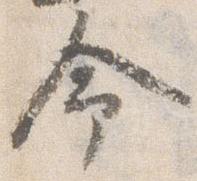
命